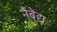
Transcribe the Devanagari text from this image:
नैबेद्य